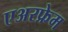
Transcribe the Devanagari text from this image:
एअरफ्रेम